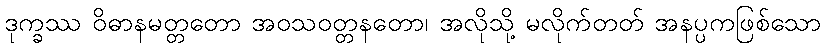
ဒုက္ခဿ ဝိဓာနမတ္တတော အဝသဝတ္တနတော၊ အလိုသို့ မလိုက်တတ် အနပ္ပကဖြစ်သော